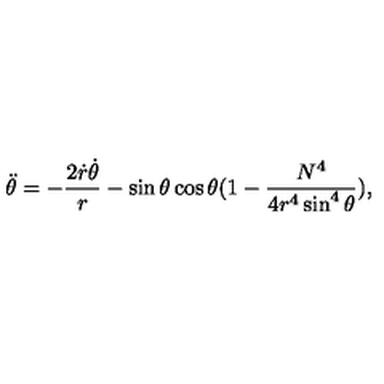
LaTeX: \ddot { \theta } = - \frac { 2 \dot { r } \dot { \theta } } { r } - \sin \theta \cos \theta ( 1 - \frac { N ^ { 4 } } { 4 r ^ { 4 } \sin ^ { 4 } \theta } ) ,